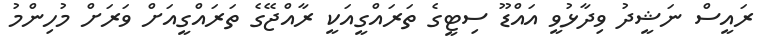
ރައީސް ނަޝީދު ވިދާޅުވީ އައްޑޫ ސިޓީގެ ތަރައްގީއަކީ ރާއްޖޭގެ ތަރައްގީއަށް ވަރަށް މުހިންމު